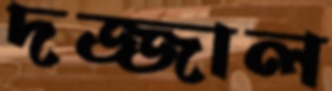
দজ্জাল